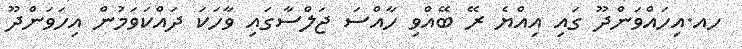
ހއ.އިހައްވަންދޫ ގައި އިއްޔެ ރޭ ބޭއްވި ހާއްސަ ޖަލްސާގައި ވާހަކަ ދައްކަވަމުން އިހަވަންދޫ